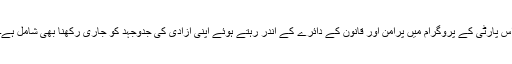
اس پارٹی کے پروگرام میں پرامن اور قانون کے دائرے کے اندر رہتے ہوئے اپنی آزادی کی جدوجہد کو جاری رکھنا بھی شامل ہے۔